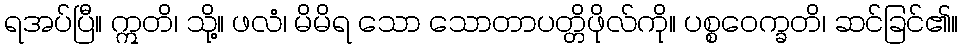
ရအပ်ပြီ။ ဣတိ၊ သို့။ ဖလံ၊ မိမိရ သော သောတာပတ္တိဖိုလ်ကို။ ပစ္စဝေက္ခတိ၊ ဆင်ခြင်၏။